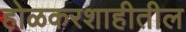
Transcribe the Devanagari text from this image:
होळकरशाहीतील